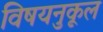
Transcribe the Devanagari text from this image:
विषयनुकूल